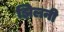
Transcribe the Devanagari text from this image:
झिलनी